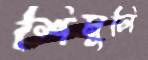
শিমুলি